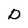
Character: D